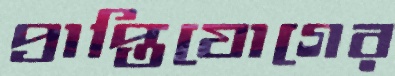
প্রাপ্তিযোগের